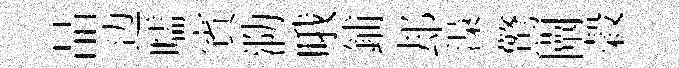
晶边嚅賓泐哦鋪𨚫𣻏驚闡榖